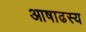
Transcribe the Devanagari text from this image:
आषाढस्य